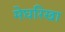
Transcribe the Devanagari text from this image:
मेघरिखा